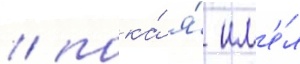
/ пока́ я́ им'е́л